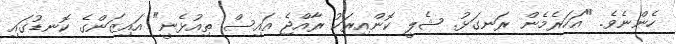
ހެންނެވެ. "އަހަރެމެން ރަނގަޅު. ޝެލީ ކޮންއިރަކު ރާއްޖެ އައިސް ތިއުޅެނީ" އައިޒަންގެ ކޮނޑުގައި